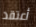
أعتقد